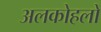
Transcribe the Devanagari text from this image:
अलकोहलों